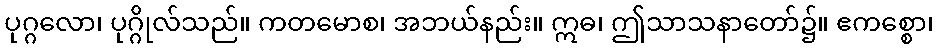
ပုဂ္ဂလော၊ ပုဂ္ဂိုလ်သည်။ ကတမောစ၊ အဘယ်နည်း။ ဣဓ၊ ဤသာသနာတော်၌။ ဧကစ္စော၊